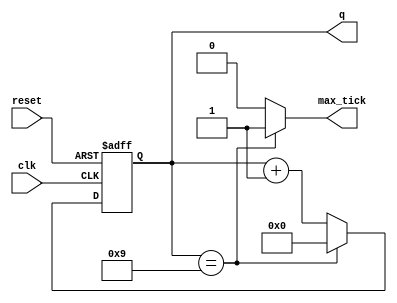
module mod_m_counter
    #(
      parameter N=4,
                M=10
     )
     (
      input wire clk, reset,
      output wire max_tick,
      output wire[N-1:0] q
      );
      
      reg[N-1:0] r_reg;
      wire [N-1:0] r_next;
      
      
      always @(posedge clk, posedge reset)
        if(reset)
            r_reg <= 0;
        else
            r_reg <= r_next;
        
    
    assign r_next = (r_reg==(M-1)) ? 0:r_reg +1;
    
    assign q = r_reg;
    assign max_tick = (r_reg==(M-1)) ? 1'b1:1'b0;
endmodule